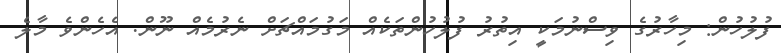
ފުލުހުން: މިހާރުގެ ވިސްނުމަކީ އިތުރު ފުލުހުންތަކެއް މަގުމައްޗަށް ނެރުމެއް ނޫން. އެހެންވެ މާލެ